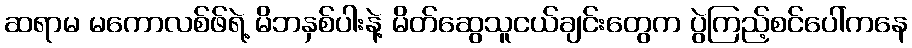
ဆရာမ မကောလစ်ဖ်ရဲ့ မိဘနှစ်ပါးနဲ့ မိတ်ဆွေသူငယ်ချင်းတွေက ပွဲကြည့်စင်ပေါ်ကနေ